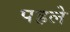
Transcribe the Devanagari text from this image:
पहलेे